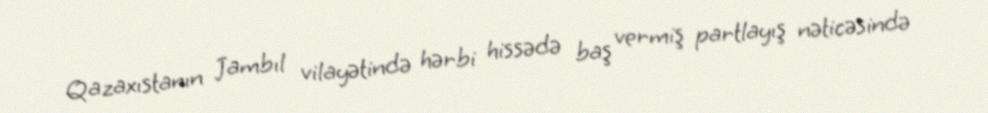
Qazaxıstanın Jambıl vilayətində hərbi hissədə baş vermiş partlayış nəticəsində